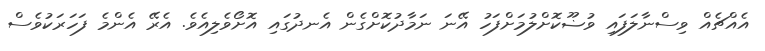
އެއްޗެއް ވިސްނާލަފައި ވުޟޫކޮށްލުމަށްފަހު އޭނަ ނަމާދުކޮށްގެން އެނދުގައި އޮށޯވެލިއެވެ. އެރޭ އެންމެ ފަހަރަކުވެސް